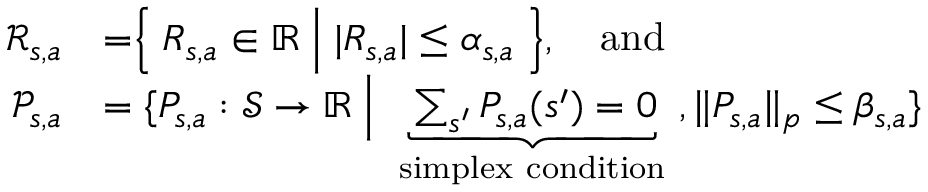
\begin{array} { r l } { \mathcal { R } _ { s , a } } & { = \Bigm \{ R _ { s , a } \in \mathbb { R } \Bigm | \lvert R _ { s , a } \rvert \leq \alpha _ { s , a } \Bigm \} , \quad \mathrm { a n d } } \\ { \mathcal { P } _ { s , a } } & { = \{ P _ { s , a } : \mathcal { S } \to \mathbb { R } \Bigm | \underbrace { \sum _ { s ^ { \prime } } P _ { s , a } ( s ^ { \prime } ) = 0 } _ { \mathrm { ~ s i m p l e x ~ c o n d i t i o n ~ } } , \lVert P _ { s , a } \rVert _ { p } \leq \beta _ { s , a } \} } \end{array}